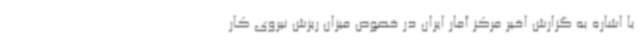
با اشاره به گزارش اخیر مرکز آمار ایران در خصوص میزان ریزش نیروی کار